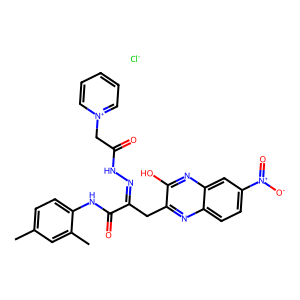
SMILES: Cc1ccc(NC(=O)C(Cc2nc3ccc([N+](=O)[O-])cc3nc2O)=NNC(=O)C[n+]2ccccc2)c(C)c1.[Cl-]
Inhibits HIV replication: No